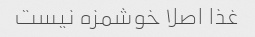
غذا اصلا خوشمزه نیست